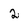
Character: 2